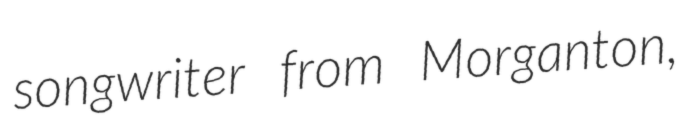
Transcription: songwriter from Morganton,